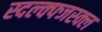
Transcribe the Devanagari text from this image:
स्दल्क्फ्जस्क्ल